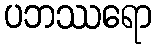
ပဘဿရော